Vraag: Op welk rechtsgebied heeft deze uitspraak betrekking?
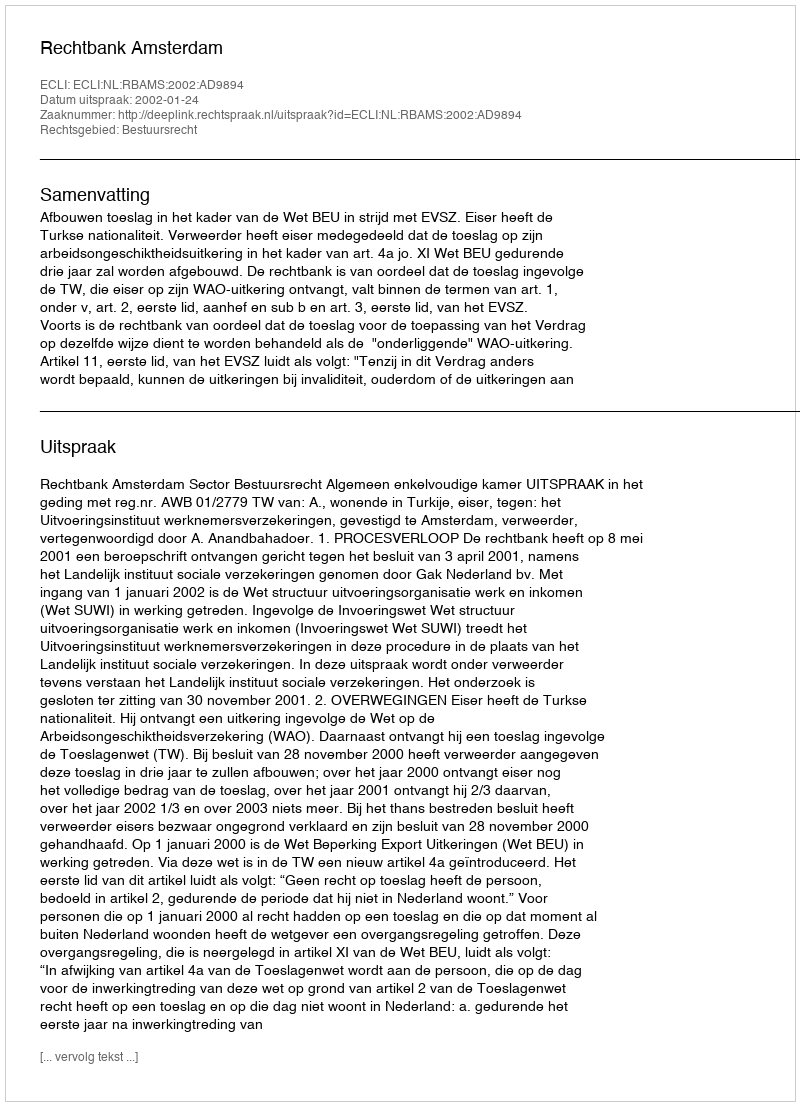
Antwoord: Bestuursrecht